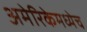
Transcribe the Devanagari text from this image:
अमेरिकेमध्येच